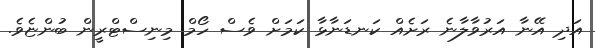
އަދި އޭނާ އަރުވާލާނެ ރަށެއް ކަނޑަނާޅާ ކަމަށް ވެސް ހޯމް މިނިސްޓްރީން ބުންޏެވެ.